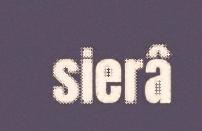
sierâ